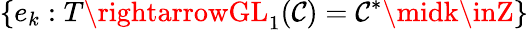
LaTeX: \{ e_{k}:T\rightarrowGL_{1}(\mathcal{C})=\mathcal{C}^{*}\midk\inZ\}